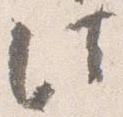
法